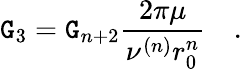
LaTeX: \mathtt{G}_{3}=\mathtt{G}_{n+2}\frac{{2\pi\mu}}{{\nu^{(n)}r_{0}^{n}}}\quad.